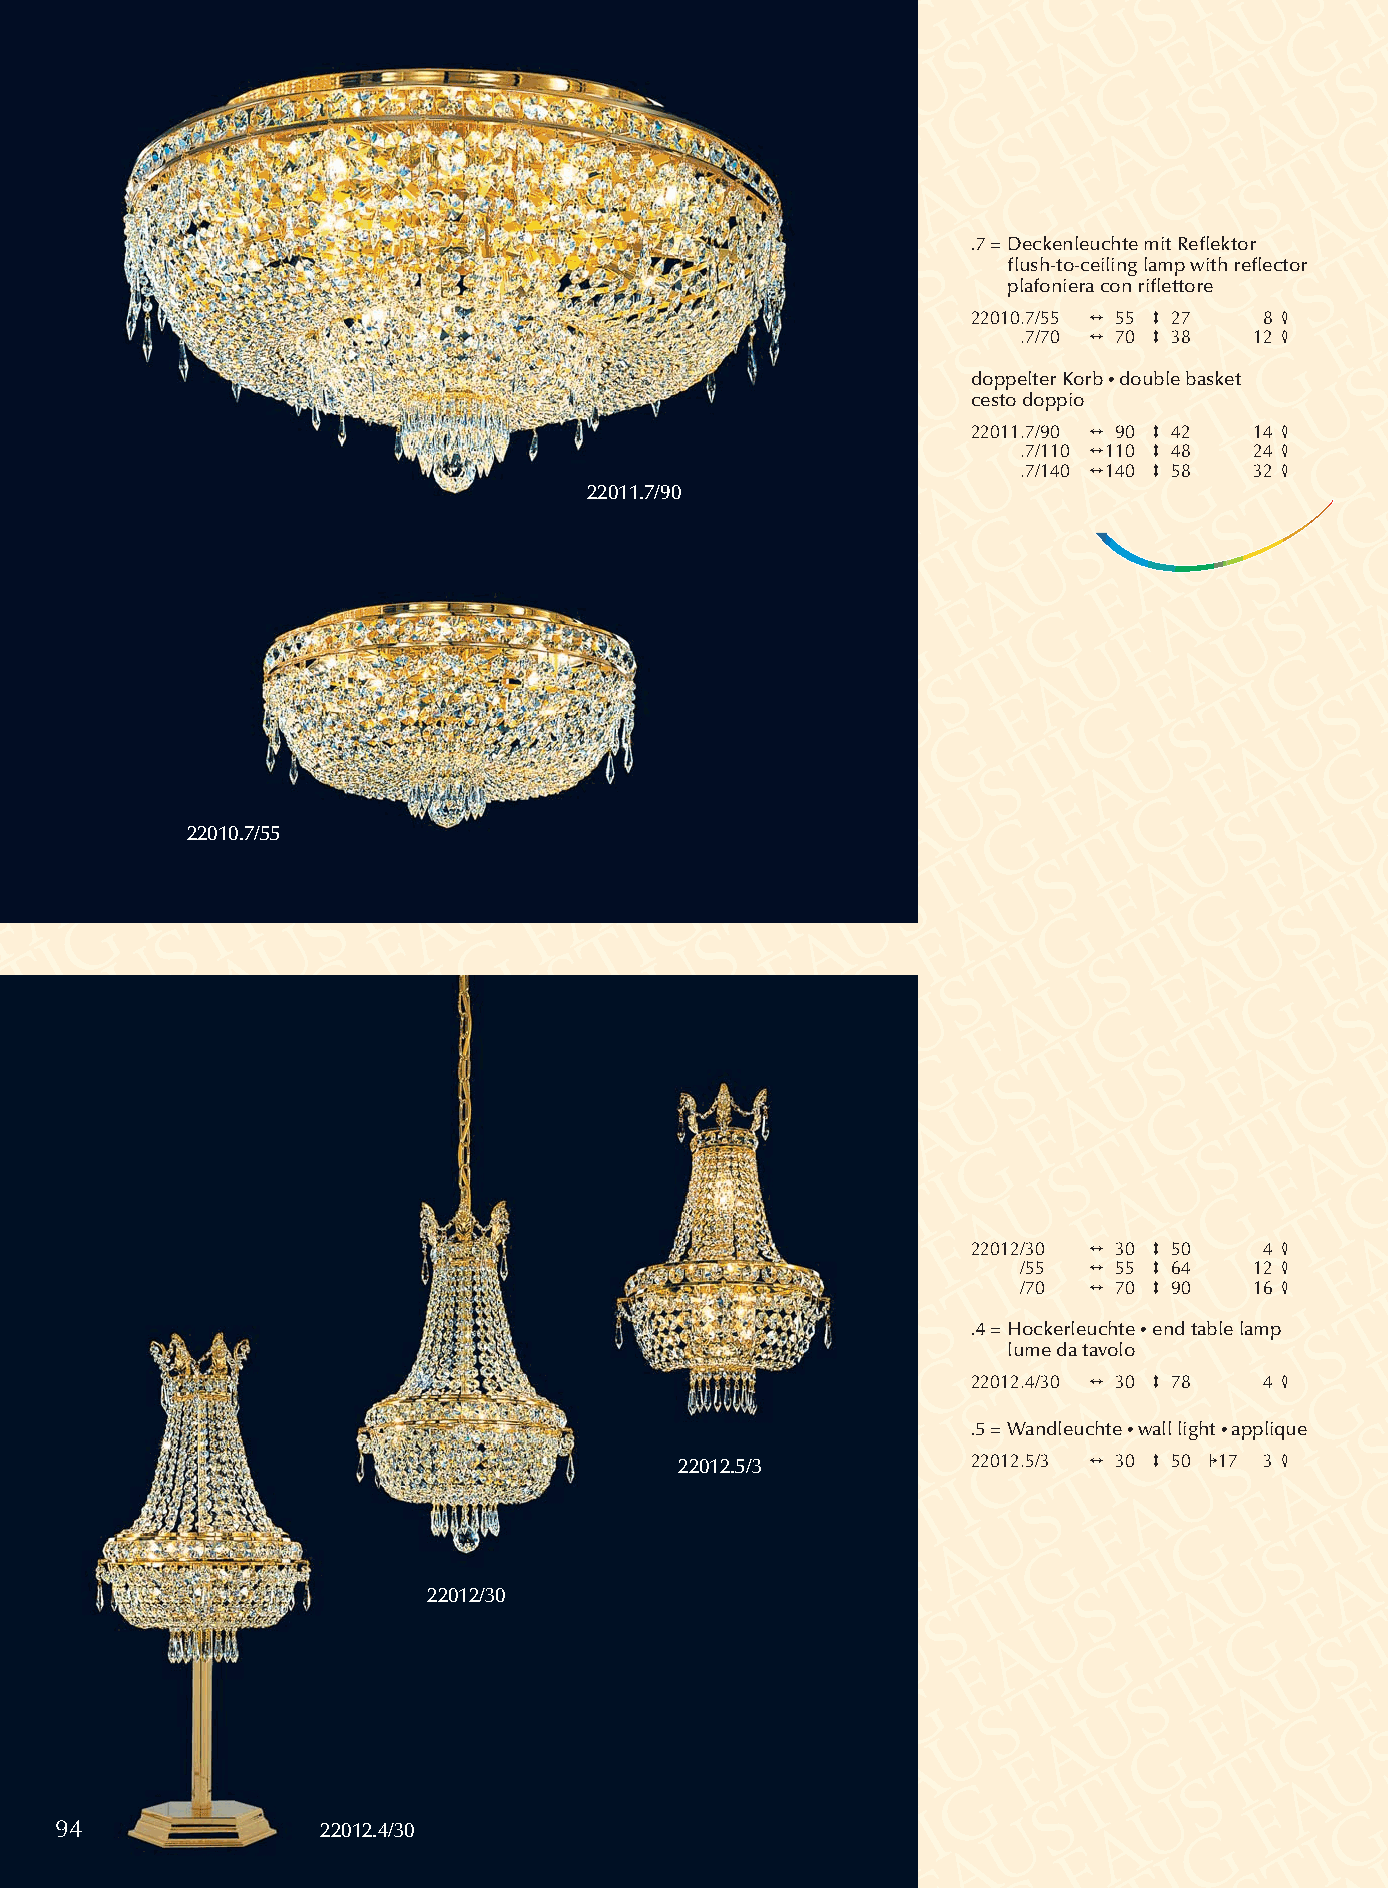
.7 =Deckenleuchte mit Reflektor
 flush-to-ceiling lamp with reflector
 plafoniera con riflettore
 22010.7/55 2 55 3 27 8 4
 .7/70 2 70 3 38 12 4
 doppelter Korb •double basket
 cesto doppio
 22011.7/90 2 90 3 42 14 4
 .7/110 2110 3 48 24 4
 .7/140 2140 3 58 32 4
 22011.7/90
 22010.7/55
 22012/30 2 30 3 50  4 4
 /55 2 55 3 64  12 4
 /70 2 70 3 90  16 4
 .4 = Hockerleuchte •end table lamp
 lume da tavolo
 22012.4/30 2 30 3 78 4 4
 .5 = Wandleuchte •wall light •applique
 22012.5/3          22012.5/3 2 30 3 50 117 3 4
 22012/30
 94               22012.4/30